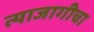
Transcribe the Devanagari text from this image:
त्याजागीचा